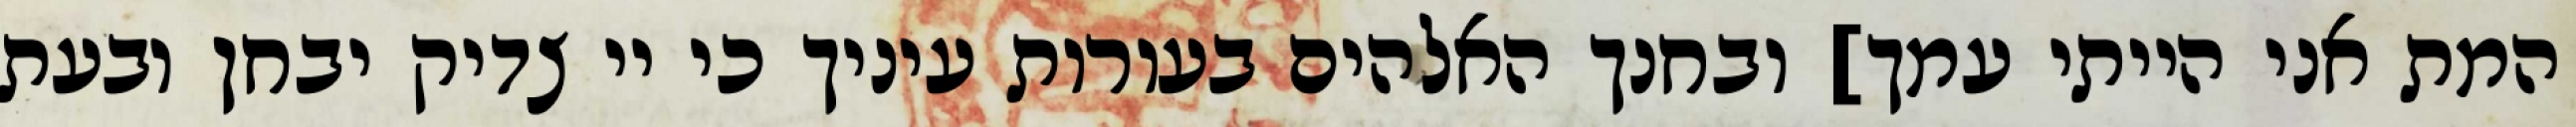
המת אני הייתי עמך] ובחנך האלהים בעורות עיניך כי יי צדיק יבחן ובעת